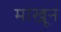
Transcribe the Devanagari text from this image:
माखून